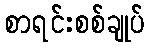
စာရင်းစစ်ချုပ်